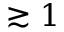
\gtrsim 1